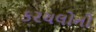
કરચલોનો